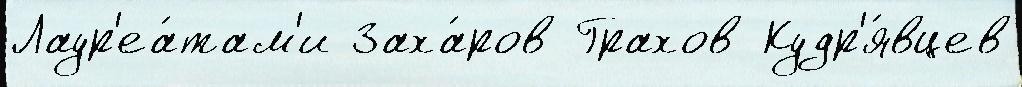
Лаур'еа́там'и Заха́ров Грахов Кудр'я́вцев